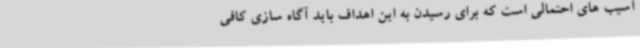
آسیب های احتمالی است که برای رسیدن به این اهداف باید آگاه سازی کافی